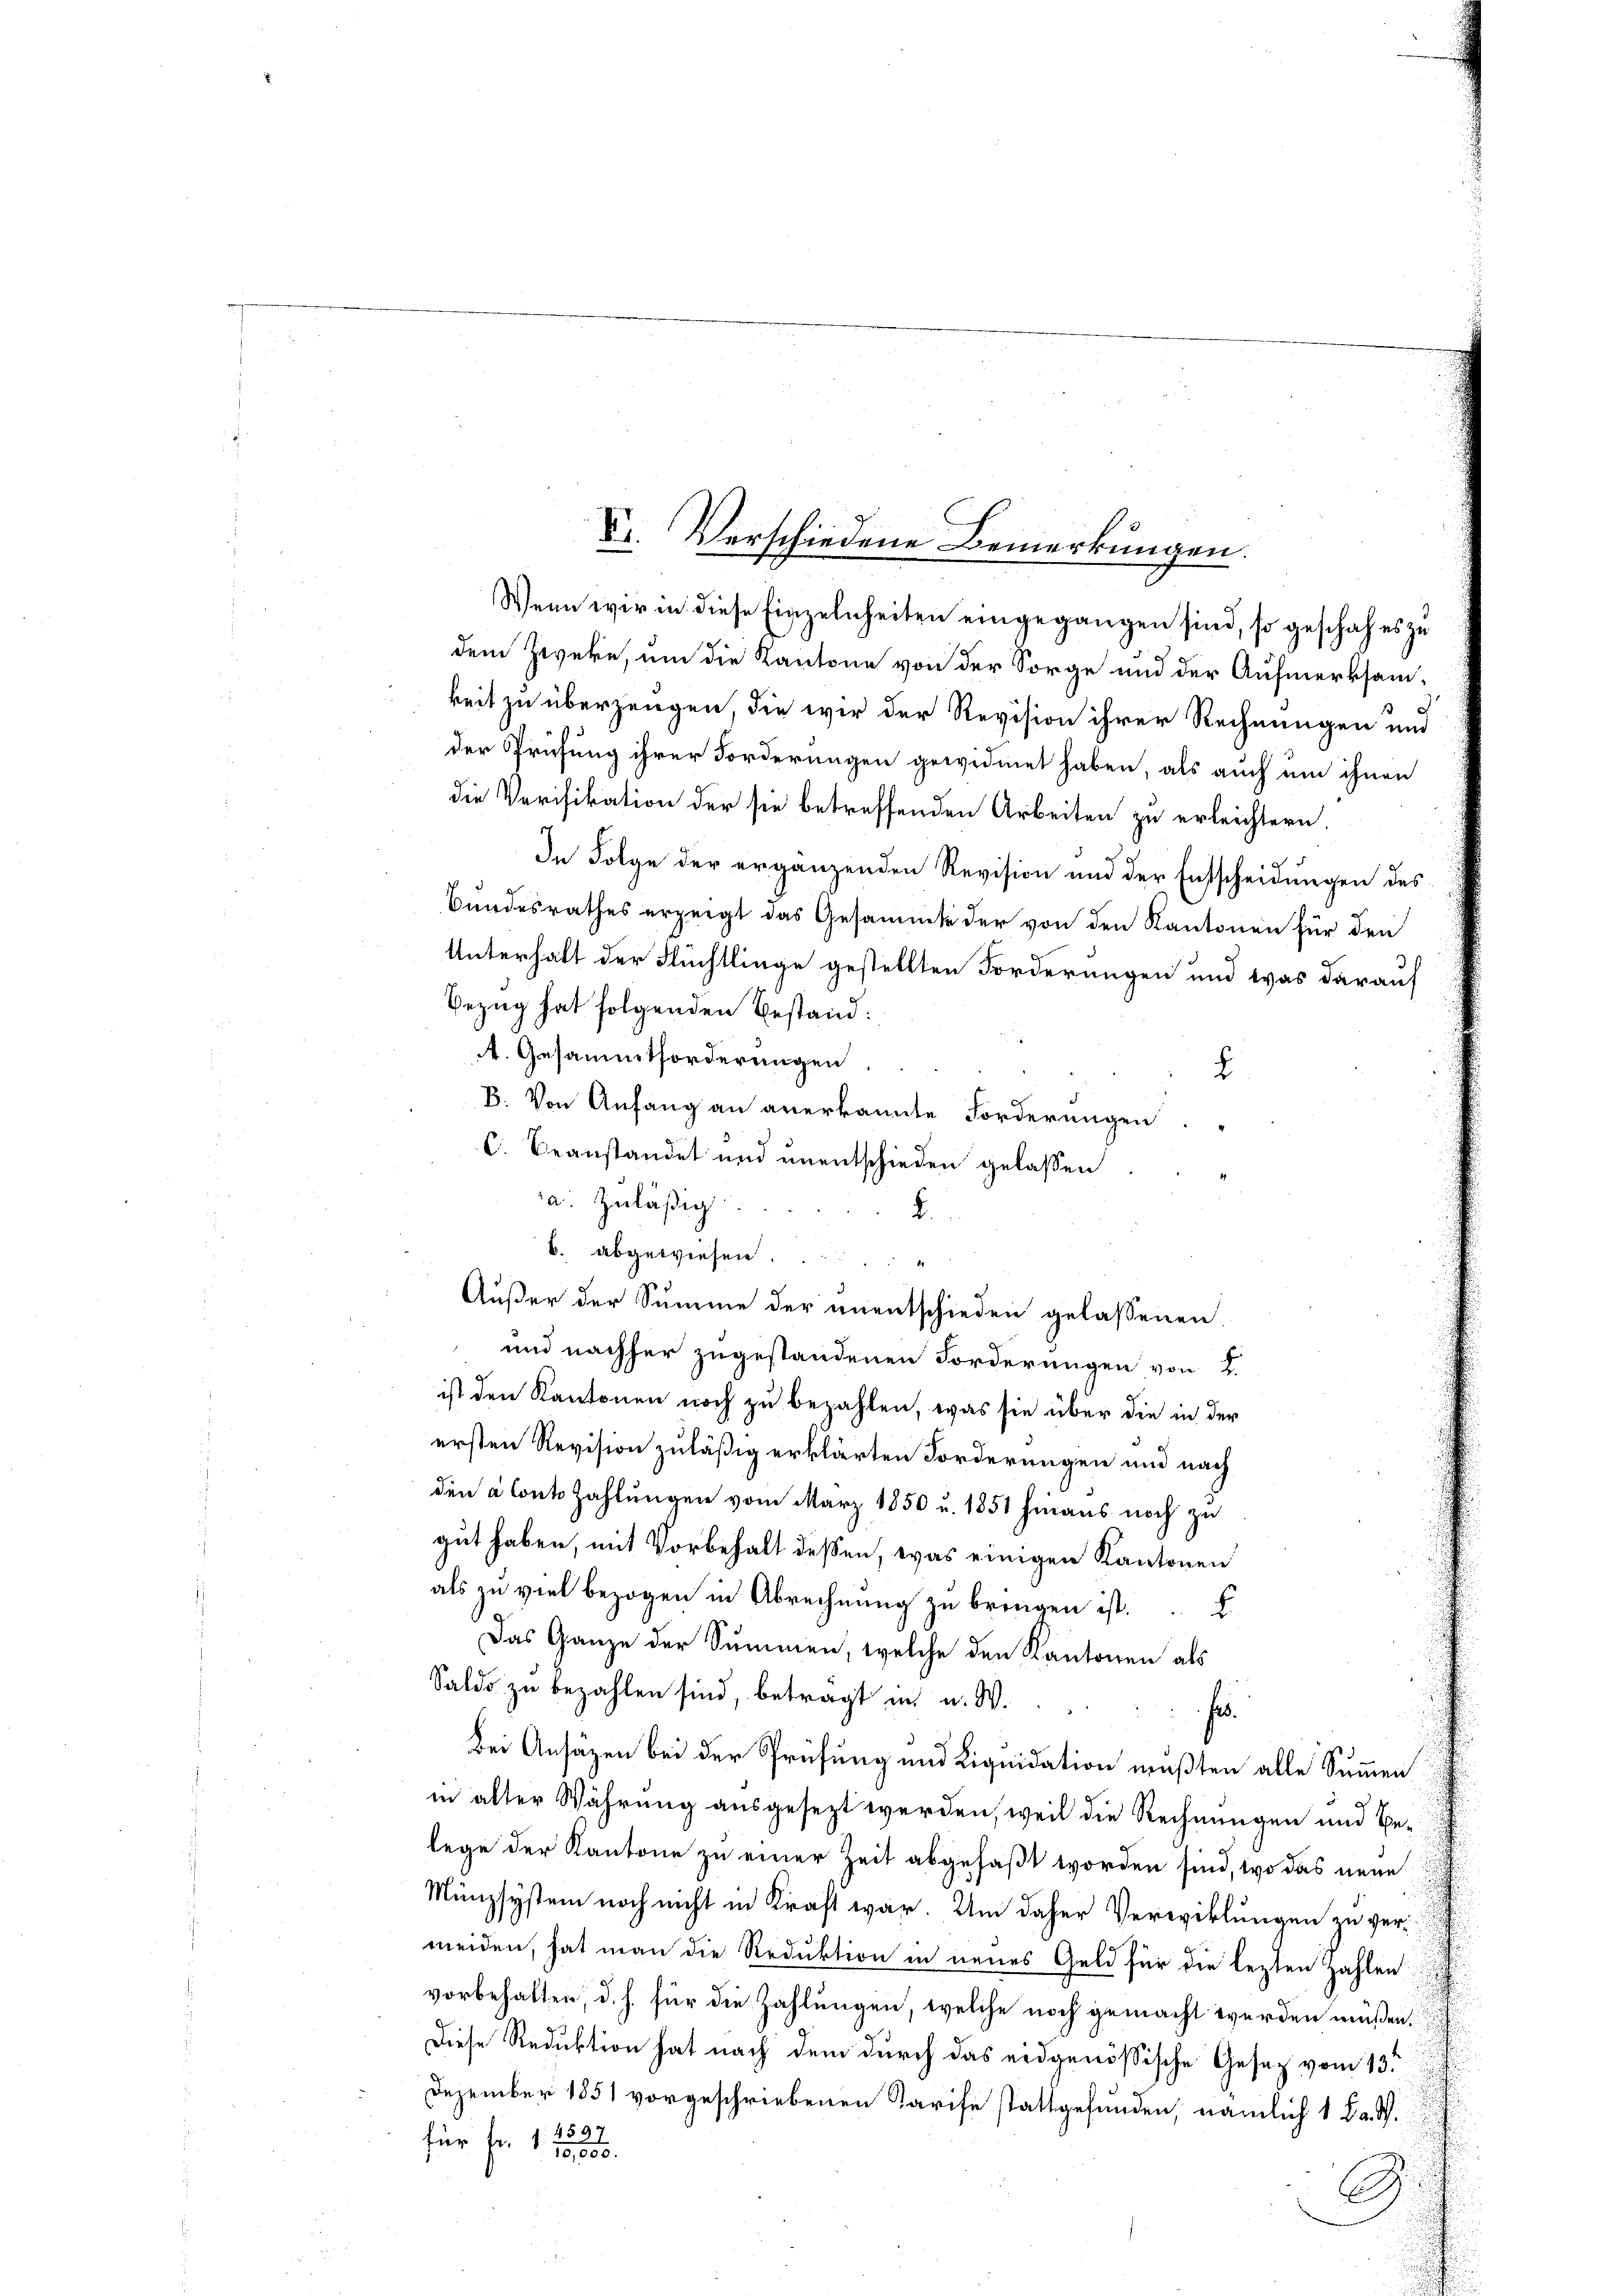
dem Zwecke, um die Kantone von der Sorge und der Aufmerksam-
keit zu überzeugen, die wir der Revision ihrer Rechnungen und
der Prüfung ihrer Forderungen gewidmet haben, als auch um ihnen
die Verifikation der sie betreffenden Arbeiten zu erleichtern
g
In Folge der ergänzenden Revision und der Entscheidungen des
Bundesrathes erzeigt das Gesammte der von den Kantonen für den
Unterhalt der Flüchtlinge gestellten Forderungen und was darauf
Bezug hat folgenden Bestand:
. Gesammtforderungen
.
B. Von Anfang an anerkannte Forderungen.
C. beanstandet und unentschieden gelassen
a. zuläßig
.
b. abgewiesen.
Außer der Summe der unentschieden gelassenen
und nachher zugestandenen Forderungen von 2.
ist den Kantonen noch zu bezahlen, was sie über die in der
ersten Revision zuläßig erklärten Forderungen und nach
den a Conto zahlungen vom März 1850 u. 1851 hinaus noch zu
gut haben, mit Vorbehalt dessen, was einigen Kantonen
als zu viel bezogen in Abrechnung zu bringen ist.
Das Ganze der Summen, welche den Kantonen als
Saldo zu bezahlen sind, betragt in u. W.
f.
Bei Ansätzen bei der Prüfung und Liquidation mußten alle Summen
in alter Währung ausgesezt werden, weil die Rechnungen und Belege der Kantone zu einer Zeit abgefaßt worden sind, wo das neue
Münzsystem noch nicht in Kraft war. Um daher Verwicklungen zu vermeiden, hat man die Reduktion in neues Geld für die lezten Zahlen
vorbehalten, d. h. für die Zahlungen, welche noch gemacht werden müßen.
Diese Reduktion hat nach dem durch das eidgenössische Gesez vom 13.
Dezember 1851 vorgeschriebenen Tarife stattgefunden, nämlich 1 Fa. W.
4597
für fr. 1 70,000.
C

C. Verschiedene Bemerkungen.
Wenn wir in diese Einzelnheiten eingegangen sind, so geschah es zu